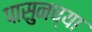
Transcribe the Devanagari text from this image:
पासुनच्या